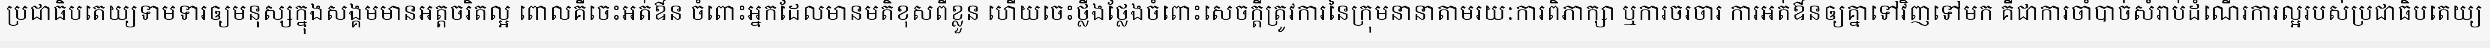
ប្រជាធិបតេយ្យទាមទារឲ្យមនុស្សក្នុងសង្គមមានអត្តចរិតល្អ ពោលគឺចេះអត់ឳន ចំពោះអ្នកដែលមានមតិខុសពីខ្លួន ហើយចេះថ្លឹងថ្លែងចំពោះសេចក្តីត្រូវការនៃក្រុមនានាតាមរយៈការពិភាក្សា ឬការចរចារ ការអត់ឳនឲ្យគ្នាទៅវិញទៅមក គឺជាការចាំបាច់សំរាប់ដំណើរការល្អរបស់ប្រជាធិបតេយ្យ